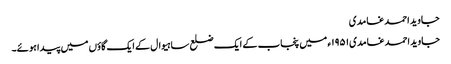
جاوید احمد غامدی
جاوید احمد غامدی۱۹۵۱ء میں پنجاب کے ایک ضلع ساہیوال کے ایک گاؤں میں پیدا ہوئے۔